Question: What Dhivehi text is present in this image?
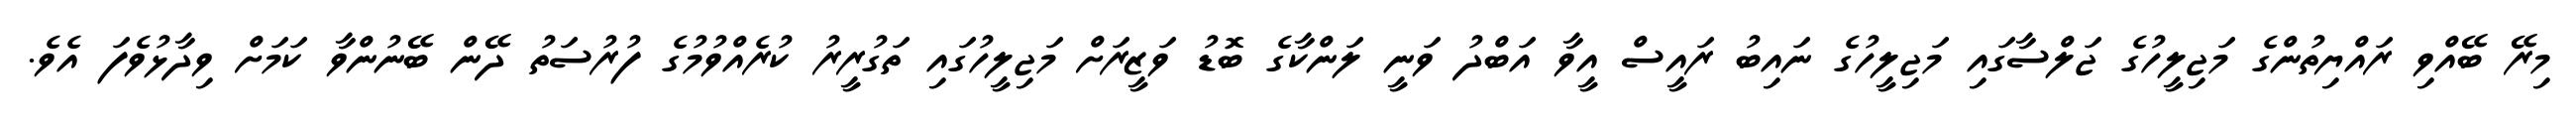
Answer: މިރޭ ބޭއްވި ރައްޔިތުންގެ މަޖިލީހުގެ ޖަލްސާގައި މަޖިލީހުގެ ނައިބު ރައީސް އީވާ އަބްދު ވަނީ ލަންކާގެ ބޮޑު ވަޒީރަށް މަޖިލީހުގައި ތަގުރީރު ކުރެއްވުމުގެ ފުރުސަތު ދޭން ބޭނުންވާ ކަމަށް ވިދާޅުވެފަ އެވެ.